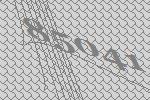
85041